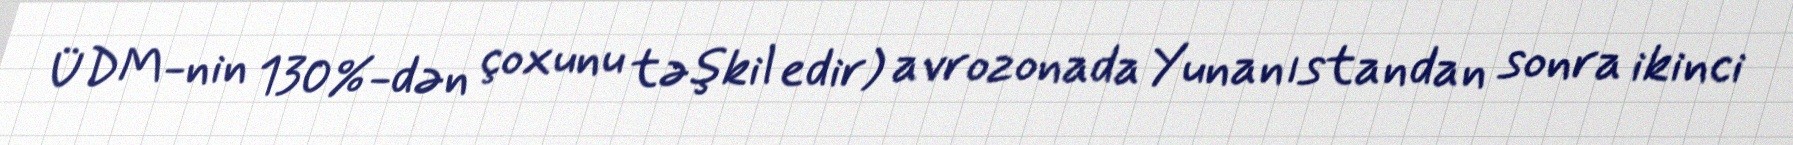
ÜDM-nin 130%-dən çoxunu təşkil edir) avrozonada Yunanıstandan sonra ikinci